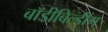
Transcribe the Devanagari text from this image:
बॉडीबिल्डींग